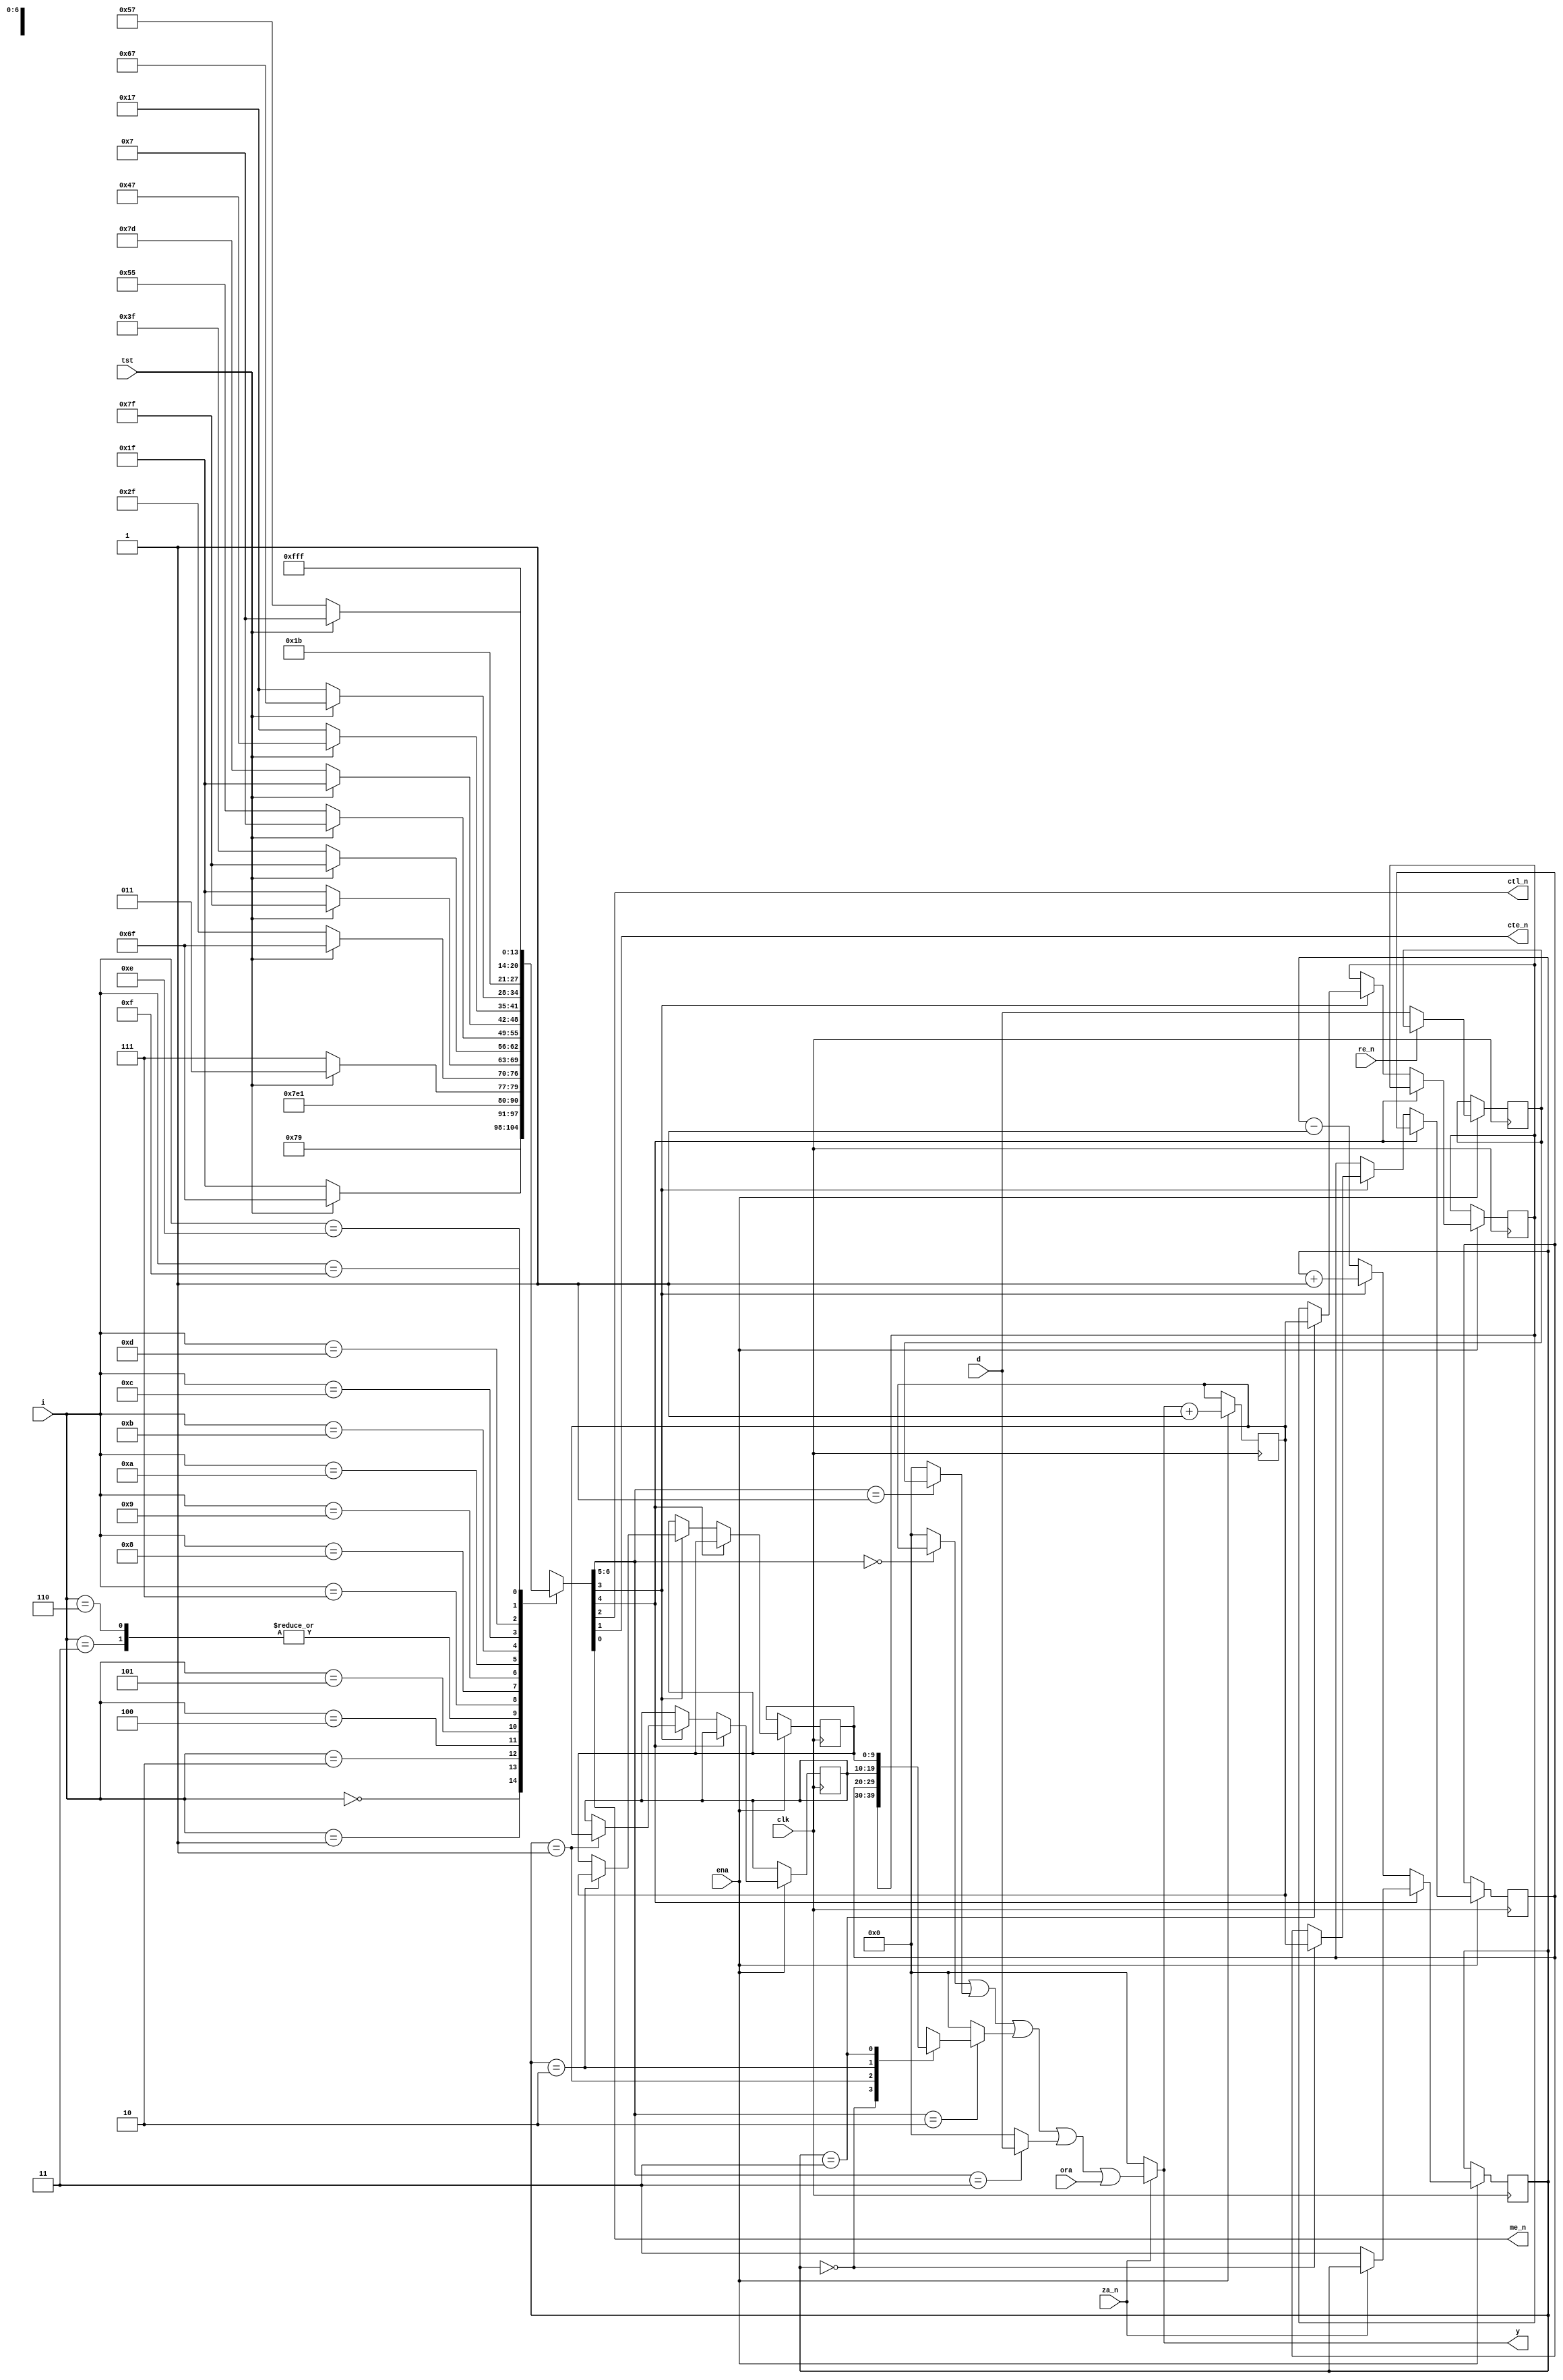
//
// Copyright (c) 2020 by 1801BM1@gmail.com
//______________________________________________________________________________
//
// Microprogram Sequencer - combination of Am2909 and 29811,
// adopted for M4 project, with configurable micro-address width
//
module am4_seq
#(parameter
   AM4_ADDR_WIDTH = 10
)
(
   input          clk,              // input clock
   input          ena,              // clock enable
                                    //
   input    [3:0] ora,              // address or conditions
   input    [AM4_ADDR_WIDTH-1:0] d, // direct data input
   output   [AM4_ADDR_WIDTH-1:0] y, // data output
                                    //
   input          re_n,             // register input enable
   input          za_n,             // zero address set
                                    //
   input          tst,              // entry for conditional instructions
   input    [3:0] i,                // microcode instruction
   output         ctl_n,            // counter load
   output         cte_n,            // counter enable
   output         me_n              // map enable
);

//______________________________________________________________________________
//
reg  [1:0] sp;                      // stack pointer
reg  [AM4_ADDR_WIDTH-1:0] pc;       // program counter
reg  [AM4_ADDR_WIDTH-1:0] ar;       // address register
reg  [AM4_ADDR_WIDTH-1:0] stk[3:0]; // stack file
wire [AM4_ADDR_WIDTH-1:0] mux;      // multiplexer
                                    //
reg  [6:0] mx;                      //
wire [1:0] s;                       // address mux control
wire fe_n;                          // file enable
wire pup;                           // push/pop_n

//______________________________________________________________________________
//
always @(posedge clk) if (ena)
begin
   //
   // Address register latch
   //
   if (~re_n)
      ar <= d;

   if (~za_n)
      sp <= 2'b11;
   //
   // Stack file operations
   //
   if (~fe_n)
      if (pup)
      begin
         sp <= sp + 2'b01;
         case(sp)
            2'b00: stk[1] <= pc;
            2'b01: stk[2] <= pc;
            2'b10: stk[3] <= pc;
            2'b11: stk[0] <= pc;
         endcase
      end
      else
         sp <= sp - 2'b01;
   //
   // Program counter
   //
   pc <= y + {{(AM4_ADDR_WIDTH-1){1'b0}}, 1'b1};
end

assign mux = ((s == 2'b00) ? pc      : {(AM4_ADDR_WIDTH){1'b0}})
           | ((s == 2'b01) ? ar      : {(AM4_ADDR_WIDTH){1'b0}})
           | ((s == 2'b10) ? stk[sp] : {(AM4_ADDR_WIDTH){1'b0}})
           | ((s == 2'b11) ? d       : {(AM4_ADDR_WIDTH){1'b0}})
           | {{(AM4_ADDR_WIDTH-4){1'b0}}, ora};
assign y = za_n ? mux : {(AM4_ADDR_WIDTH){1'b0}};

//
// Microinstruction decoder
//
assign s[1]  = mx[6];    // 00 - pc, 01 - ra
assign s[0]  = mx[5];    // 10 - sp, 11 - di
assign fe_n  = mx[4];    //
assign pup   = mx[3];    // 1/0 - push/pop
assign ctl_n = mx[2];
assign cte_n = mx[1];
assign me_n  = mx[0];

//
// Unconditional commands
//
// 0000:  jz    di, ctl, cte
// 0010:  jmap  di, me
// 1100:  ldct  pc, ctl
// 1110:  cont  pc
// 1111:  jp    di
//
// Conditional commands
//             miss        taken
// 0001:  cjs  pc          di, push
// 0011:  cjp  pc          di
// 0100:  push pc, push    pc, push, ctl
// 0101:  jsrp ra, push    di, push
// 0110:  cjv  pc          di
// 0111:  jrp  ra          di
// 1000:  rfct sp, cte     pc, pop
// 1001:  rpct di, cte     pc
// 1010:  crtn pc          sp, pop
// 1011:  cjpp pc          di, pop
// 1101:  loop sp          pc, pop
//
always @(*)
case(i[3:0])
   4'b0000: mx = 7'b1111001;                       // jz   - jump zero
   4'b0001: mx = ~tst ? 7'b0011111 : 7'b1101111;   // cjs  - cond jsb pl
   4'b0010: mx = 7'b1111110;                       // jmap - jump map
   4'b0011: mx = ~tst ? 7'b0011111 : 7'b1111111;   // cjp  - cond jump pl
   4'b0100: mx = ~tst ? 7'b0001111 : 7'b0001011;   // push - push/cond ld cntr
   4'b0101: mx = ~tst ? 7'b0101111 : 7'b1101111;   // jsrp - cond jsb r/pl
   4'b0110: mx = ~tst ? 7'b0011111 : 7'b1111111;   // cjv  - cond jump vector
   4'b0111: mx = ~tst ? 7'b0111111 : 7'b1111111;   // jrp  - cond jump r/pl
   4'b1000: mx = ~tst ? 7'b1010101 : 7'b0000111;   // rfct - repeat loop, ctr != 0
   4'b1001: mx = ~tst ? 7'b1111101 : 7'b0011111;   // rpct - repeat pl, ctr != 0
   4'b1010: mx = ~tst ? 7'b0010111 : 7'b1000111;   // crtn - cond return
   4'b1011: mx = ~tst ? 7'b0010111 : 7'b1100111;   // cjpp - cond jump pl & pop
   4'b1100: mx = 7'b0011011;                       // ldct - ld cntr & continue
   4'b1101: mx = ~tst ? 7'b1010111 : 7'b0000111;   // loop - test end loop
   4'b1110: mx = 7'b0011111;                       // cont - continue
   4'b1111: mx = 7'b1111111;                       // jp   - jump pl
endcase
endmodule